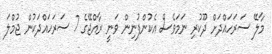
މާލޭ ސަރަހައްދަށް ދޫކުރި ނަމަވެސް އެކުންފުނިން ވަނީ ރާއްޖޭގެ 7 ސަރަހައްދަކުން ޖުމްލަ